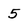
Character: 5